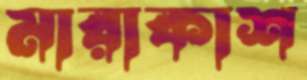
মারাকাশ